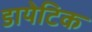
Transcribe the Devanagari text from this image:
डायेटिक